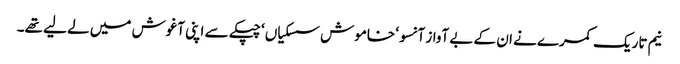
نیم تاریک کمرے نے ان کے بے آواز آنسو ‘ خاموش سسکیاں ‘ چپکے سے اپنی آغوش میں لے لیے تھے۔